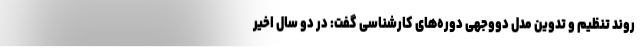
روند تنظیم و تدوین مدل دووجهی دوره‌های کارشناسی گفت: در دو سال اخیر